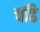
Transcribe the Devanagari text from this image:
चढि